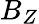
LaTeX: B_{Z}